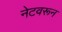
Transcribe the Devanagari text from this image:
नेटवरून